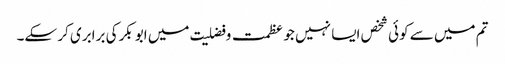
تم میں سے کوئی شخص ایسا نہیں جو عظمت و فضلیت میں ابو بکرکی برابری کر سکے۔